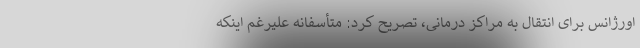
اورژانس برای انتقال به مراکز درمانی، تصریح کرد: متأسفانه علیرغم اینکه